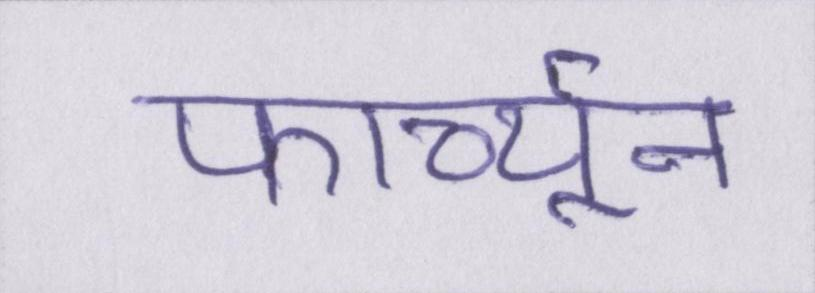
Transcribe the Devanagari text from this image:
फार्च्यून